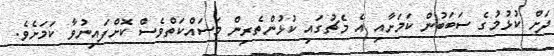
ދަށް ކުޅުމުގެ ސަބަބުން ކަމަށާއި އެ މެޗުގައި ކުޅުންތެރިން މަސައްކަތްވެސް ކޮށްފައިނުވާ ކަމަށެވެ.